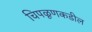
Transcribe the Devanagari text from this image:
चिपळूणकडील